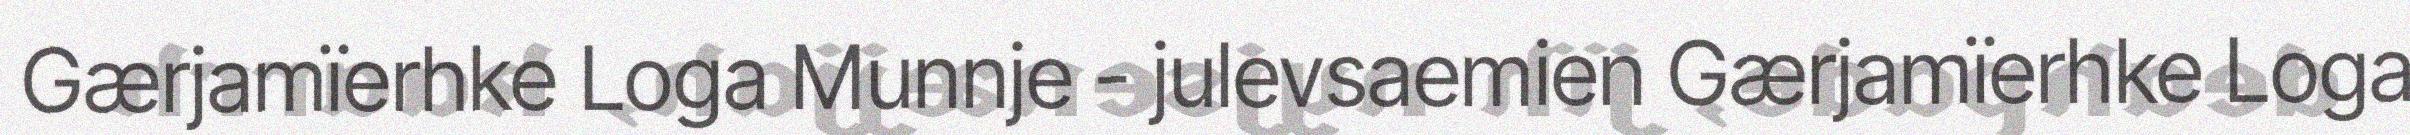
Gærjamïerhke Loga Munnje - julevsaemien Gærjamïerhke Loga